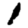
Digit: 1